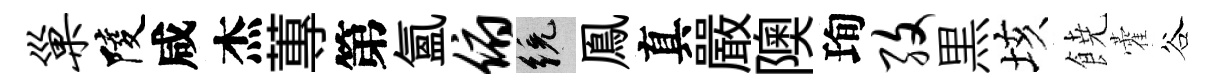
巢陵咸杰蓴第氳俯統鳯真嚴隩珣孜黒垓𩜙藿谷